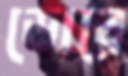
ডোরে